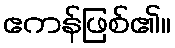
ဧကန်ဖြစ်၏။